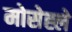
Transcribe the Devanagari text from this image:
मोसेह्ले